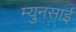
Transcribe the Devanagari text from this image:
म्युनसाई